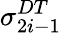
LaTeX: \sigma_{2i-1}^{DT}